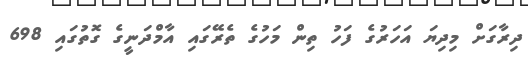
ދިރާގަށް މިދިޔަ އަހަރުގެ ފަހު ތިން މަހުގެ ތެރޭގައި އާމްދަނީގެ ގޮތުގައި 698